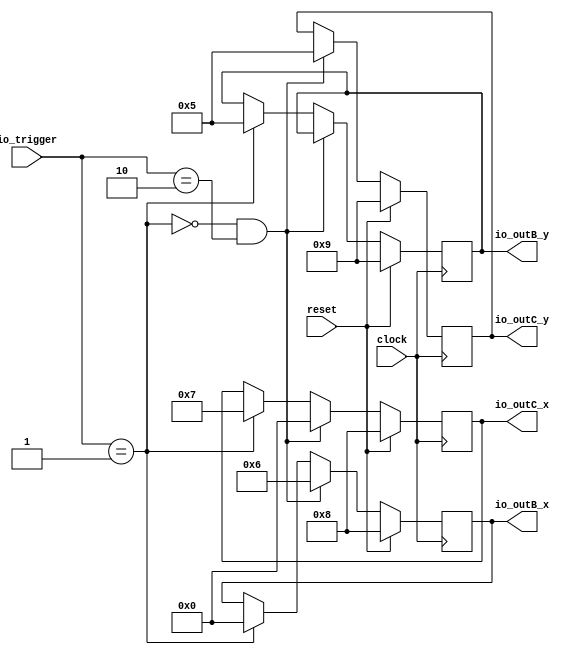
module UseMyBundle(
  input        clock,
  input        reset,
  input  [1:0] io_trigger,
  output [7:0] io_outB_x,
  output [7:0] io_outB_y,
  output [7:0] io_outC_x,
  output [7:0] io_outC_y
);
`ifdef RANDOMIZE_REG_INIT
  reg [31:0] _RAND_0;
  reg [31:0] _RAND_1;
  reg [31:0] _RAND_2;
  reg [31:0] _RAND_3;
`endif // RANDOMIZE_REG_INIT
  reg [7:0] regB_x; // @[BundleInitSpec.scala 63:21]
  reg [7:0] regB_y; // @[BundleInitSpec.scala 63:21]
  reg [7:0] regC_x; // @[BundleInitSpec.scala 64:21]
  reg [7:0] regC_y; // @[BundleInitSpec.scala 64:21]
  wire  _T_26 = ~(io_trigger == 2'h1); // @[BundleInitSpec.scala 66:29]
  assign io_outB_x = regB_x; // @[BundleInitSpec.scala 74:11]
  assign io_outB_y = regB_y; // @[BundleInitSpec.scala 74:11]
  assign io_outC_x = regC_x; // @[BundleInitSpec.scala 75:11]
  assign io_outC_y = regC_y; // @[BundleInitSpec.scala 75:11]
  always @(posedge clock) begin
    if (reset) begin // @[BundleInitSpec.scala 63:21]
      regB_x <= 8'h8; // @[BundleInitSpec.scala 63:21]
    end else if (_T_26 & io_trigger == 2'h2) begin // @[BundleInitSpec.scala 69:34]
      regB_x <= 8'h6; // @[BundleInitSpec.scala 70:10]
    end else if (io_trigger == 2'h1) begin // @[BundleInitSpec.scala 66:29]
      regB_x <= 8'h0; // @[BundleInitSpec.scala 67:10]
    end
    if (reset) begin // @[BundleInitSpec.scala 63:21]
      regB_y <= 8'h9; // @[BundleInitSpec.scala 63:21]
    end else if (!(_T_26 & io_trigger == 2'h2)) begin // @[BundleInitSpec.scala 69:34]
      if (io_trigger == 2'h1) begin // @[BundleInitSpec.scala 66:29]
        regB_y <= 8'h5; // @[BundleInitSpec.scala 67:10]
      end
    end
    if (reset) begin // @[BundleInitSpec.scala 64:21]
      regC_x <= 8'h8; // @[BundleInitSpec.scala 64:21]
    end else if (_T_26 & io_trigger == 2'h2) begin // @[BundleInitSpec.scala 69:34]
      regC_x <= 8'h0; // @[BundleInitSpec.scala 71:10]
    end else if (io_trigger == 2'h1) begin // @[BundleInitSpec.scala 66:29]
      regC_x <= 8'h7; // @[BundleInitSpec.scala 68:10]
    end
    if (reset) begin // @[BundleInitSpec.scala 64:21]
      regC_y <= 8'h9; // @[BundleInitSpec.scala 64:21]
    end else if (_T_26 & io_trigger == 2'h2) begin // @[BundleInitSpec.scala 69:34]
      regC_y <= 8'h5; // @[BundleInitSpec.scala 71:10]
    end
  end
// Register and memory initialization
`ifdef RANDOMIZE_GARBAGE_ASSIGN
`define RANDOMIZE
`endif
`ifdef RANDOMIZE_INVALID_ASSIGN
`define RANDOMIZE
`endif
`ifdef RANDOMIZE_REG_INIT
`define RANDOMIZE
`endif
`ifdef RANDOMIZE_MEM_INIT
`define RANDOMIZE
`endif
`ifndef RANDOM
`define RANDOM $random
`endif
`ifdef RANDOMIZE_MEM_INIT
  integer initvar;
`endif
`ifndef SYNTHESIS
`ifdef FIRRTL_BEFORE_INITIAL
`FIRRTL_BEFORE_INITIAL
`endif
initial begin
  `ifdef RANDOMIZE
    `ifdef INIT_RANDOM
      `INIT_RANDOM
    `endif
    `ifndef VERILATOR
      `ifdef RANDOMIZE_DELAY
        #`RANDOMIZE_DELAY begin end
      `else
        #0.002 begin end
      `endif
    `endif
`ifdef RANDOMIZE_REG_INIT
  _RAND_0 = {1{`RANDOM}};
  regB_x = _RAND_0[7:0];
  _RAND_1 = {1{`RANDOM}};
  regB_y = _RAND_1[7:0];
  _RAND_2 = {1{`RANDOM}};
  regC_x = _RAND_2[7:0];
  _RAND_3 = {1{`RANDOM}};
  regC_y = _RAND_3[7:0];
`endif // RANDOMIZE_REG_INIT
  `endif // RANDOMIZE
end // initial
`ifdef FIRRTL_AFTER_INITIAL
`FIRRTL_AFTER_INITIAL
`endif
`endif // SYNTHESIS
endmodule